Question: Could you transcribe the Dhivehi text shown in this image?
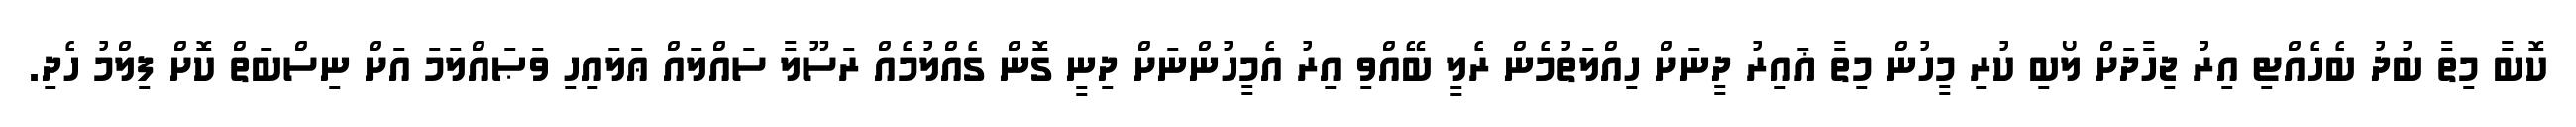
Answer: ކޮބާ މިތާ ބުދު ބެހެއްޓި އިރު ޖިހާދަށް ލޯބި ކުރި މީހުން މިތާ ޣައިރު ދީނަށް ހިއްލަތުމެން ރެލީ ބޭއްވި އިރު އެމީހުންނަށް ދިނީ ގޮން ގެއްލުމެއް ރަސޫލާ ސައްލައް ޢަލައިހި ވަޞައްލަމަ އަށް ނިސްބަތް ކޮށް ފިލްމު ހެދި.